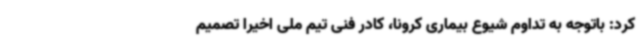
کرد: باتوجه به تداوم شیوع بیماری کرونا، کادر فنی تیم ملی اخیرا تصمیم